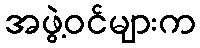
အဖွဲ့ဝင်များက